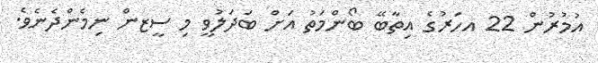
އުމުރުން 22 އހަރުގެ އިތާބޭ ބޯންމަތު އަށް ބަދަލުވީ މި ސީޒން ނިމެންދެނެވެ.